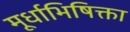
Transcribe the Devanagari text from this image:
मूर्धाभिषिक्ता